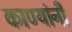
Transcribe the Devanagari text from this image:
काण्यांनी